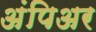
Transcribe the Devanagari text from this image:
अंपिअर